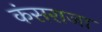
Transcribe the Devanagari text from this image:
कंसराजा